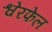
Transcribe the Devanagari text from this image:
श्वेरफेल